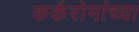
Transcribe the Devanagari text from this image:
कर्करोगांच्या